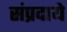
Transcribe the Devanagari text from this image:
संप्रदाये